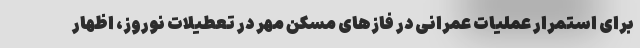
برای استمرار عملیات عمرانی در فازهای مسکن مهر در تعطیلات نوروز، اظهار